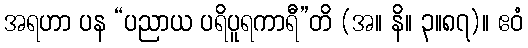
အရဟာ ပန “ပညာယ ပရိပူရကာရီ”တိ (အ။ နိ။ ၃။၈၇)။ ဧဝံ